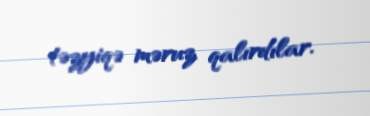
təzyiqə məruz qalırdılar.